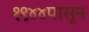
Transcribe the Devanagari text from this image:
१९४४पासून